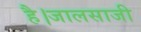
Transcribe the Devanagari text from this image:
है।जालसाजी